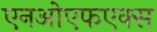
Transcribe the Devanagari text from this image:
एनओएफएक्स